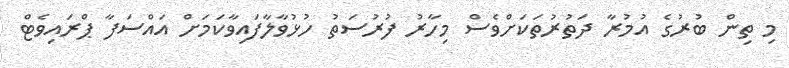
މި ތިން ބުރުގެ އުމުރާ ދަތުރުތަކަށްވެސް މިހާރު ފުރުސަތު ހުޅުވާލާފައިވާކަމަށް އައްސަފާ ޕްރައިވެޓް